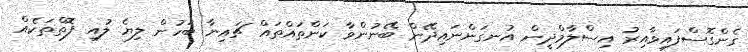
ގެންގޮސްފައިވާއިރު އިސްލާމްދީން އުނގަންނައިދޭން ބޭނުންވާ ކަންތައްތައް ޗައިނާ ބަހުން ލިޔެ ލުއި ފޮތްތަކެއް